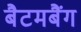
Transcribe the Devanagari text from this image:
बैटमबैंग